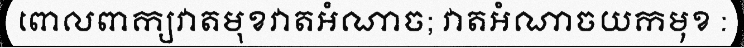
ពោលពាក្យវាតមុខវាតអំណាច; វាតអំណាចយកមុខ :